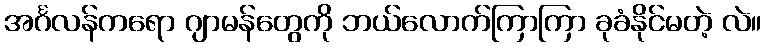
အင်္ဂလန်ကရော ဂျာမန်တွေကို ဘယ်လောက်ကြာကြာ ခုခံနိုင်မတဲ့ လဲ။